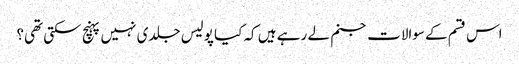
اس قسم کے سوالات جنم لے رہے ہیں کہ کیا پولیس جلدی نہیں پہنچ سکتی تھی؟